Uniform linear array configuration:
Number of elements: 4
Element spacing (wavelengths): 0.75
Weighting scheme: kaiser
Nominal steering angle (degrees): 15
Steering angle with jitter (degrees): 15.655
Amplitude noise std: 0.05
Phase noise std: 0.05

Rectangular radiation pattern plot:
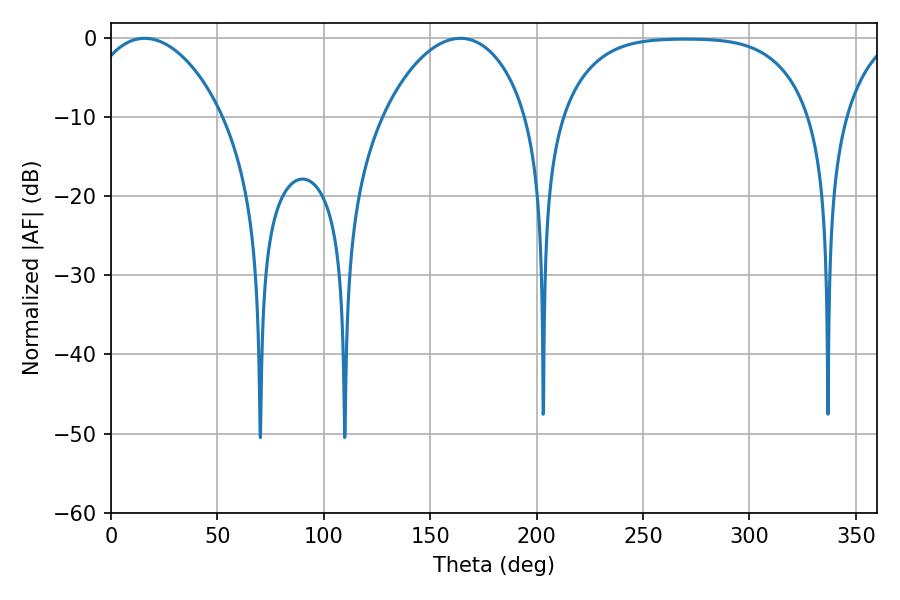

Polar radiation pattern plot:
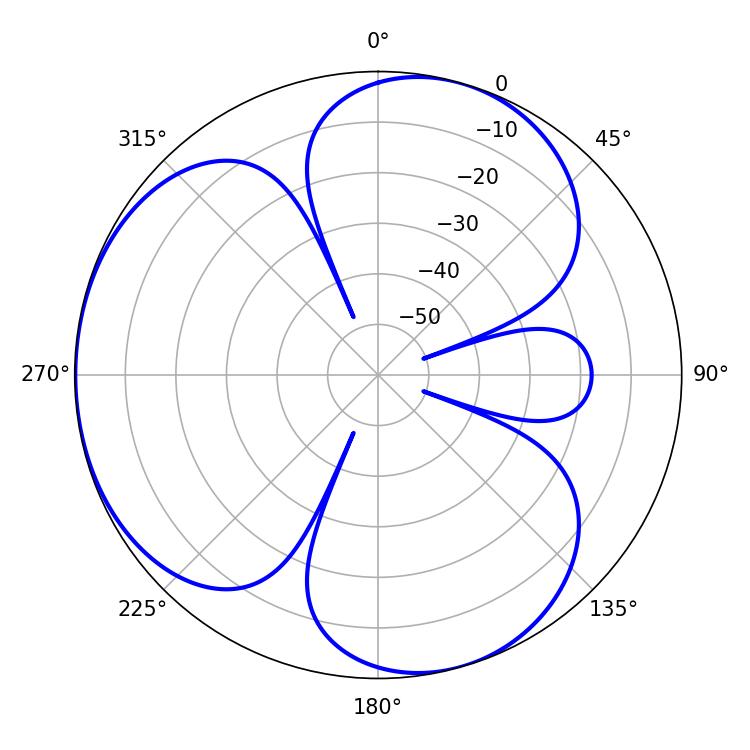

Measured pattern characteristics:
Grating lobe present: TRUE
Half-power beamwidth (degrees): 36
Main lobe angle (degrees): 15.84